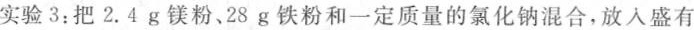
第31题图甲实验3：把2.4g镁粉。28g铁粉和一定质量的氯化钠混合，放入盛有